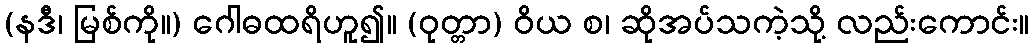
(နဒီ၊ မြစ်ကို။) ဂေါဓထရိဟူ၍။ (ဝုတ္တာ) ဝိယ စ၊ ဆိုအပ်သကဲ့သို့ လည်းကောင်း။